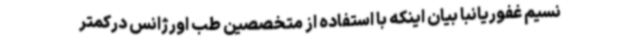
نسیم غفوریانبا بیان اینکه با استفاده از متخصصین طب اورژانس درکمتر